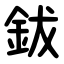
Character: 鈸